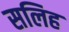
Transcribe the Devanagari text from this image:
सलिह